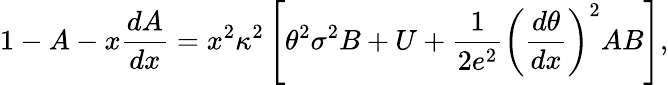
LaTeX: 1-A-x\frac{dA}{dx}=x^{2}{\kappa}^{2}\left[{\theta}^{2}{\sigma}^{2}B+U+\frac{1}{2e^{2}}{\left(\frac{d\theta}{dx}\right)}^{2}AB\right],